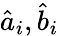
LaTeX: \hat{a}_{i},\hat{b}_{i}